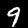
Digit: 9